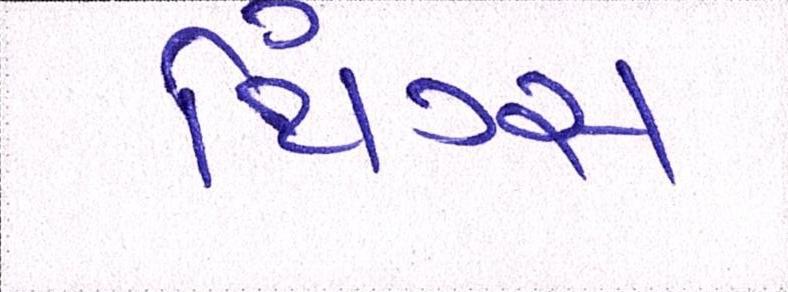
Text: થિંગ્સ